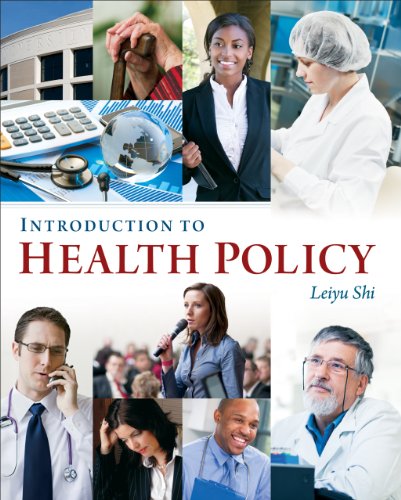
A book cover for Introduction to Health Policy; Leiyu Shi; Medical Books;